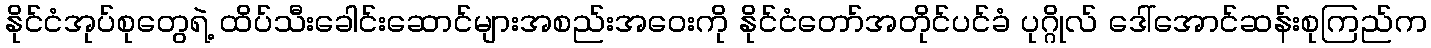
နိုင်ငံအုပ်စုတွေရဲ့ ထိပ်သီးခေါင်းဆောင်များအစည်းအဝေးကို နိုင်ငံတော်အတိုင်ပင်ခံ ပုဂ္ဂိုလ် ဒေါ်အောင်ဆန်းစုကြည်က